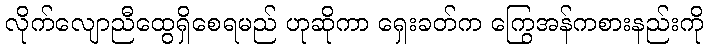
လိုက်လျောညီထွေရှိစေရမည် ဟုဆိုကာ ရှေးခတ်က ကြွေအန်ကစားနည်းကို